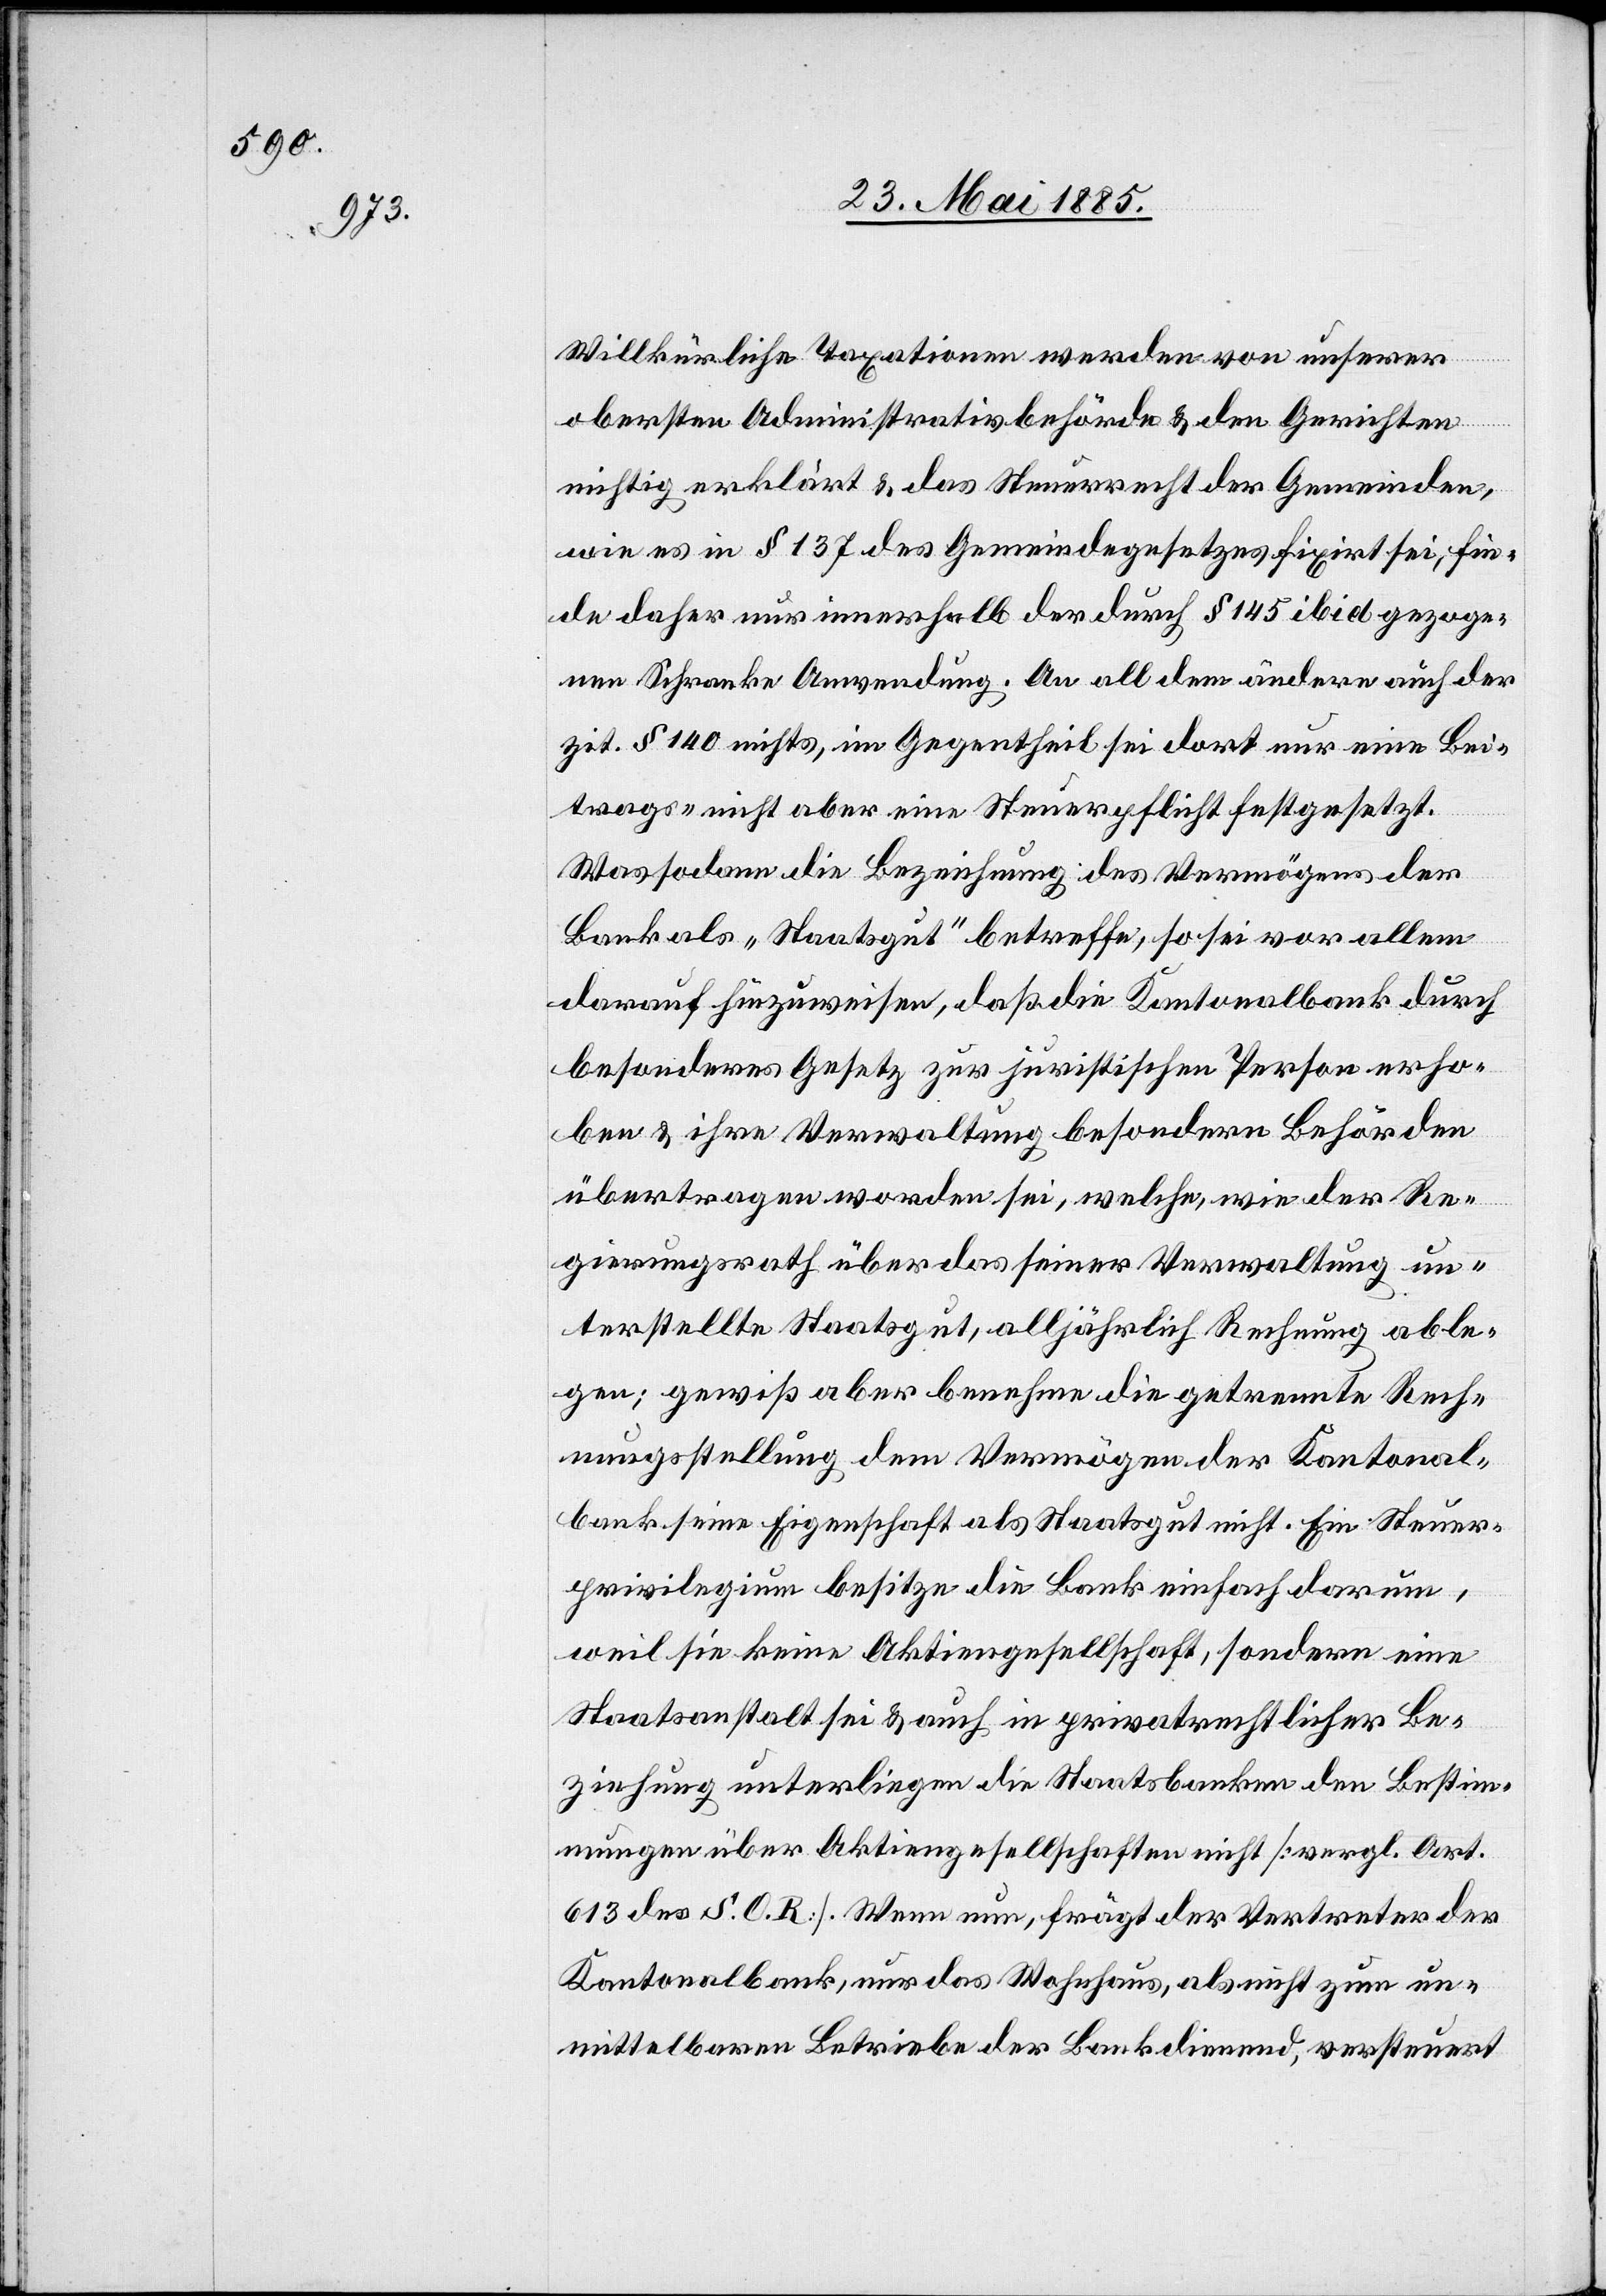
Willkürliche Taxationen werden von unserer
obersten Administrativbehörde & den Gerichten
nichtig erklärt & das Steuerrecht der Gemeinden,
wie es in § 137 des Gemeindegesetzes fixirt sei, fin¬
de daher nur innerhalb der durch § 145 ibid. gezoge¬
nen Schranken Anwendung. An all dem ändere auch der
zit. § 140 nichts, im Gegentheil sei dort nur eine Bei¬
trags- nicht aber eine Steuerpflicht festgesetzt.
Was sodann die Bezeichnung des Vermögens der
Bank als „Staatsgut“ betreffe, so sei vor allem
darauf hinzuweisen, daß die Kantonalbank durch
besonderes Gesetz zur juristischen Person erho¬
ben & ihre Verwaltung besondere Behörden
übertragen worden sei, welche, wie der Re¬
gierungsrath über das seiner Verwaltung un¬
terstellte Staatsgut, alljährliche Rechnung able¬
gen; gewiß aber benehme die getrennte Rech¬
nungsstellung dem Vermögen der Kantonal¬
bank seine Eigenschaft als Staatsgut nicht. Ein Steuer¬
privilegium besitze die Bank einfach darum,
weil sie keine Aktiengesellschaft, sondern eine
Staatsanstalt sei & auch in privatrechtlicher Be¬
ziehung unterliegen die Staatsbanken den Bestim¬
mungen über Aktiengesellschaften nicht [vergl. Art.
613 des S. O. R.]. Wenn nun, frägt der Vertreter der
Kantonalbank, nur das Wohnhaus, als nicht zum un¬
mittelbaren Betriebe der Bank dienend, versteuert